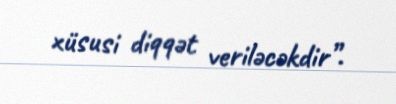
xüsusi diqqət veriləcəkdir”.